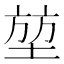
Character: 堃